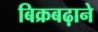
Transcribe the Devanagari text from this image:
बिक्रबढ़ाने